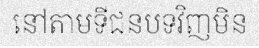
នៅតាមទីជនបទវិញមិន